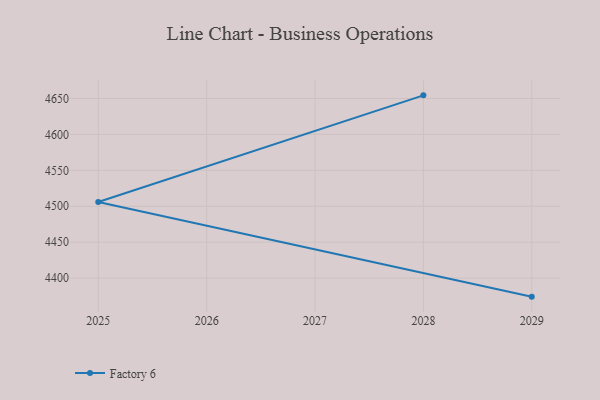
{"axis": {"x": "Year", "y": "Headcount"}, "legend": ["Factory 6"], "data": [{"x": "2029", "y": 4374.2, "type": "Factory 6"}, {"x": "2025", "y": 4506.0, "type": "Factory 6"}, {"x": "2028", "y": 4654.3, "type": "Factory 6"}]}